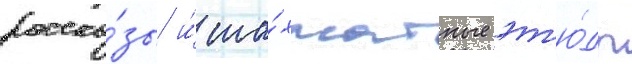
расска́зы и́ ша́хматные эт'ю́ды